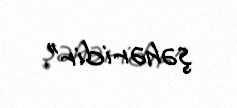
şəhəridir”.